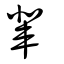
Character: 輩